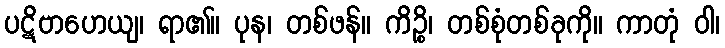
ပဋိဗာဟေယျ၊ ရာ၏။ ပုန၊ တစ်ဖန်။ ကိဉ္စိ၊ တစ်စုံတစ်ခုကို။ ကာတုံ ဝါ၊